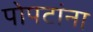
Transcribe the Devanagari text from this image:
पोपटांना